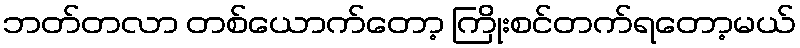
ဘတ်တလာ တစ်ယောက်တော့ ကြိုးစင်တက်ရတော့မယ်